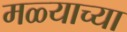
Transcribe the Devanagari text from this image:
मळ्याच्या